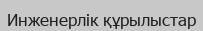
Инженерлік құрылыстар